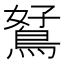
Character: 𪀮